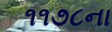
૧૧૭૮ના